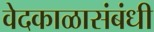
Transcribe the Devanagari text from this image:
वेदकाळासंबंधी